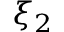
\xi _ { 2 }